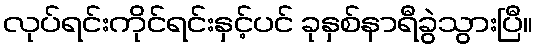
လုပ်ရင်းကိုင်ရင်းနှင့်ပင် ခုနှစ်နာရီခွဲသွားပြီ။